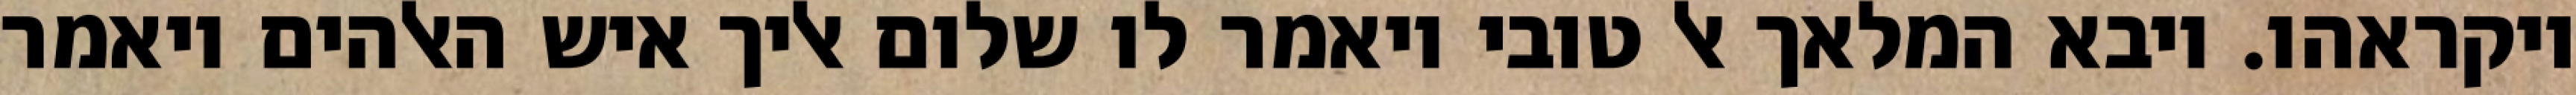
ויקראהו. ויבא המלאך אל טובי ויאמר לו שלום אליך איש האלהים ויאמר